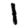
Digit: 1